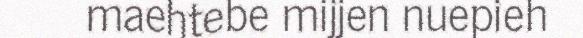
maehtebe mijjen nuepieh